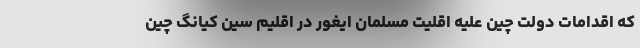
که اقدامات دولت چین علیه اقلیت مسلمان ایغور در اقلیم سین کیانگ چین